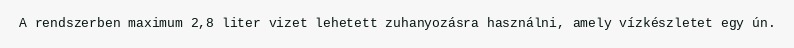
A rendszerben maximum 2,8 liter vizet lehetett zuhanyozásra használni, amely vízkészletet egy ún.